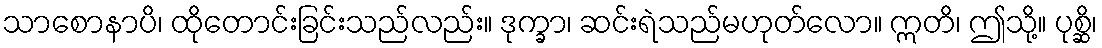
သာစောနာပိ၊ ထိုတောင်းခြင်းသည်လည်း။ ဒုက္ခာ၊ ဆင်းရဲသည်မဟုတ်လော။ ဣတိ၊ ဤသို့။ ပုစ္ဆိ၊